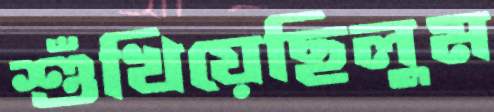
শুঁখিয়েছিলুম